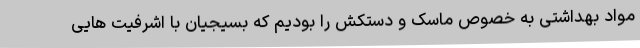
مواد بهداشتی به خصوص ماسک و دستکش را بودیم که بسیجیان با اشرفیت هایی